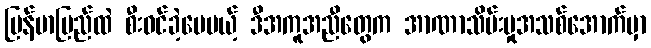
မြန်မာပြည်ထဲ စီးဝင်ခဲ့ပေမယ့် ဒီအကူအညီတွေက အာဏာသိမ်းမှုအသစ်အောက်မှာ